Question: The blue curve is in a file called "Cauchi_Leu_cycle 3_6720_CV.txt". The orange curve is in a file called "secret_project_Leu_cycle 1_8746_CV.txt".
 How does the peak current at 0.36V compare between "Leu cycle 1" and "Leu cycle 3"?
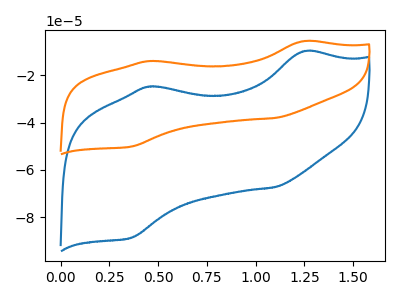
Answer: <think>The blue curve "Leu cycle 3" has anodic peaks at (1.25V, -9.85uA) (0.45V, -24.80uA) and cathodic peaks at (1.10V, -67.30uA) (0.35V, -88.70uA). The orange curve "Leu cycle 1" has anodic peaks at (1.25V, -5.55uA) (0.45V, -14.00uA) and cathodic peaks at (1.10V, -38.05uA) (0.35V, -50.15uA).</think>
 <answer>The peak at 0.36V is lower in "Leu cycle 1" than in "Leu cycle 3".</answer>
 <eval>lower</eval>